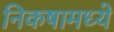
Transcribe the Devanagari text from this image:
निकषामध्ये